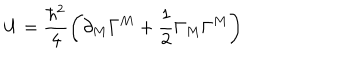
U = \frac { \hbar ^ { 2 } } { 4 } \left( \partial _ { M } \Gamma ^ { M } + \frac { 1 } { 2 } \Gamma _ { M } \Gamma ^ { M } \right)